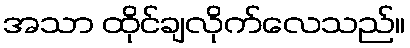
အသာ ထိုင်ချလိုက်လေသည်။